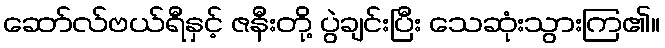
ဆော်လ်ဗယ်ရီနှင့် ဇနီးတို့ ပွဲချင်းပြီး သေဆုံးသွားကြ၏။